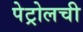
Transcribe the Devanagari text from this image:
पेट्रोलची